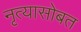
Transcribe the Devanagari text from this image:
नृत्यासोबत